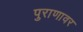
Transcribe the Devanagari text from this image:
पुराणावर